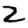
Digit: 2